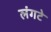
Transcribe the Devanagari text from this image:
लंगटे